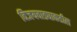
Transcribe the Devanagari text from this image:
विजयवाड्याकडील